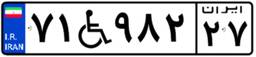
۷۱W۹۸۲۲۷